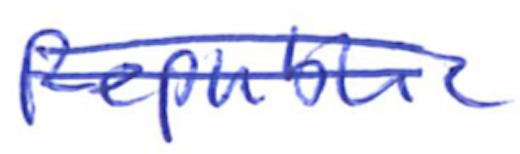
Text: Republic
Cross-out: double-line
Writing tool: ballpoint